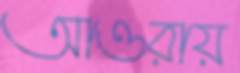
আওরায়